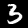
Label: 3